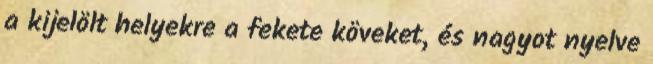
a kijelölt helyekre a fekete köveket, és nagyot nyelve